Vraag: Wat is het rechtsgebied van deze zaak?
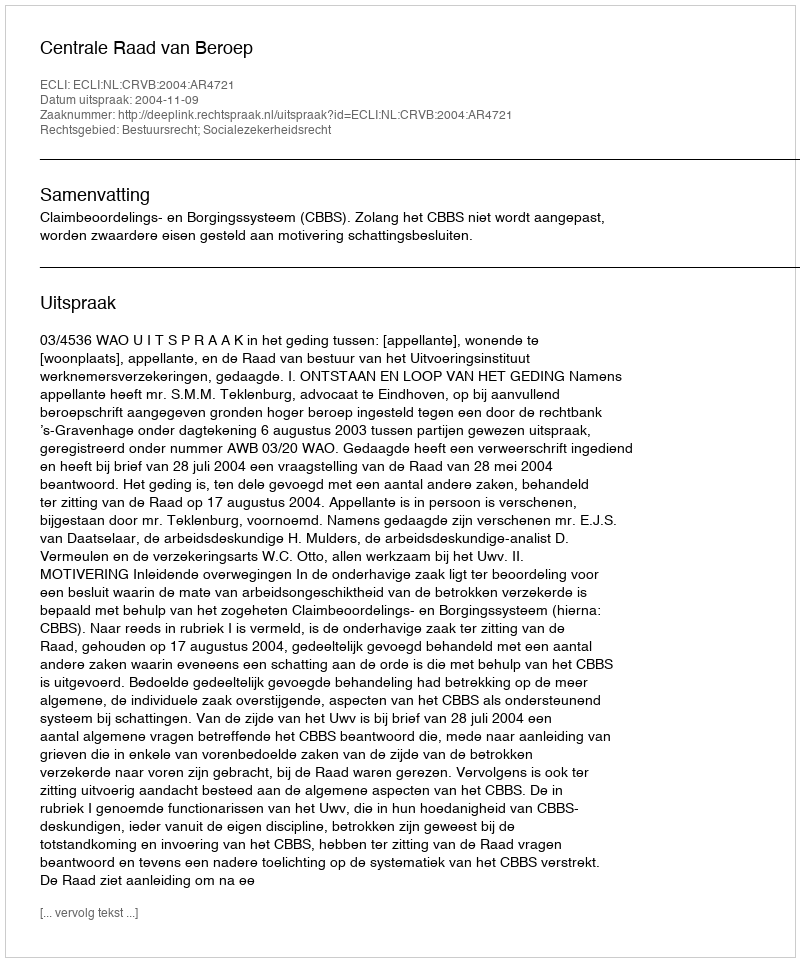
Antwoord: Bestuursrecht; Socialezekerheidsrecht